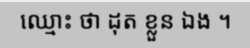
ឈ្មោះ ថា ដុត ខ្លួន ឯង ។